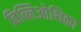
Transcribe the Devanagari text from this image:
बिब्लिओथिका